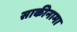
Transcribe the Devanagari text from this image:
साकीनामा